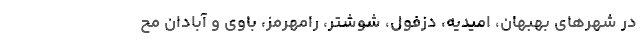
در شهرهای بهبهان، امیدیه، دزفول، شوشتر، رامهرمز، باوی و آبادان مح